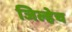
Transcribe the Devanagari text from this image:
जिल्हेच